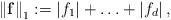
LaTeX: \begin{align*}\left\| \mathbf{f} \right\|_{1}:=\left| f_{1} \right|+\mathellipsis +\left| f_{d} \right|,\end{align*}